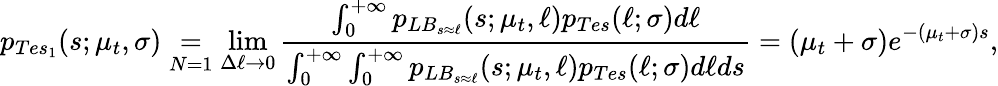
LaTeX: p_{Tes_{1}}(s;\mu_{t},\sigma)\underset{N=1}{=}\operatorname*{lim}_{\Delta\ell\rightarrow 0}\frac{\int_{0}^{+\infty}p_{LB_{s\approx\ell}}(s;\mu_{t},\ell)p_{Tes}(\ell;\sigma)d\ell}{\int_{0}^{+\infty}\int_{0}^{+\infty}p_{LB_{s\approx\ell}}(s;\mu_{t},\ell)p_{Tes}(\ell;\sigma)d\ell ds}=(\mu_{t}+\sigma)e^{-(\mu_{t}+\sigma)s},